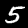
Label: 5